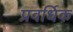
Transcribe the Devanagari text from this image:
प्रवर्धिक